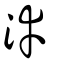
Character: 涬